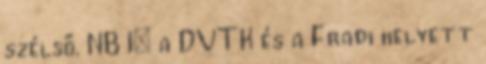
szélső. NB I: a DVTK és a Fradi helyett